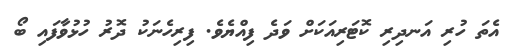
އެތަ ހުރި އަނދިރި ކޮޓަރިއަކަށް ވަދެ ފިއްޔެވެ. ފިރިހެނަކު ދޮރު ހުޅުވާފައި ބޯ